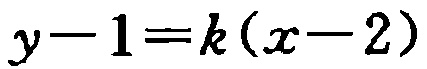
\(y - 1 = k(x - 2)\)